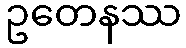
ဥတေနဿ